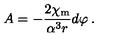
A = - \frac { 2 \chi _ { \mathrm { m } } } { \alpha ^ { 3 } r } d \varphi \: .